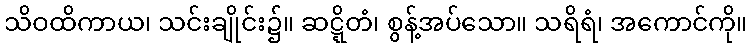
သိဝထိကာယ၊ သင်းချိုင်း၌။ ဆဋ္ဋိတံ၊ စွန့်အပ်သော။ သရိရံ၊ အကောင်ကို။